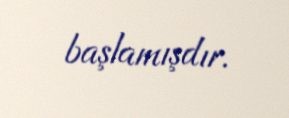
başlamışdır.